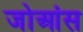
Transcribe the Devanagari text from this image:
जोआंस